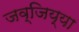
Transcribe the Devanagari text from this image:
जव्जिय्या